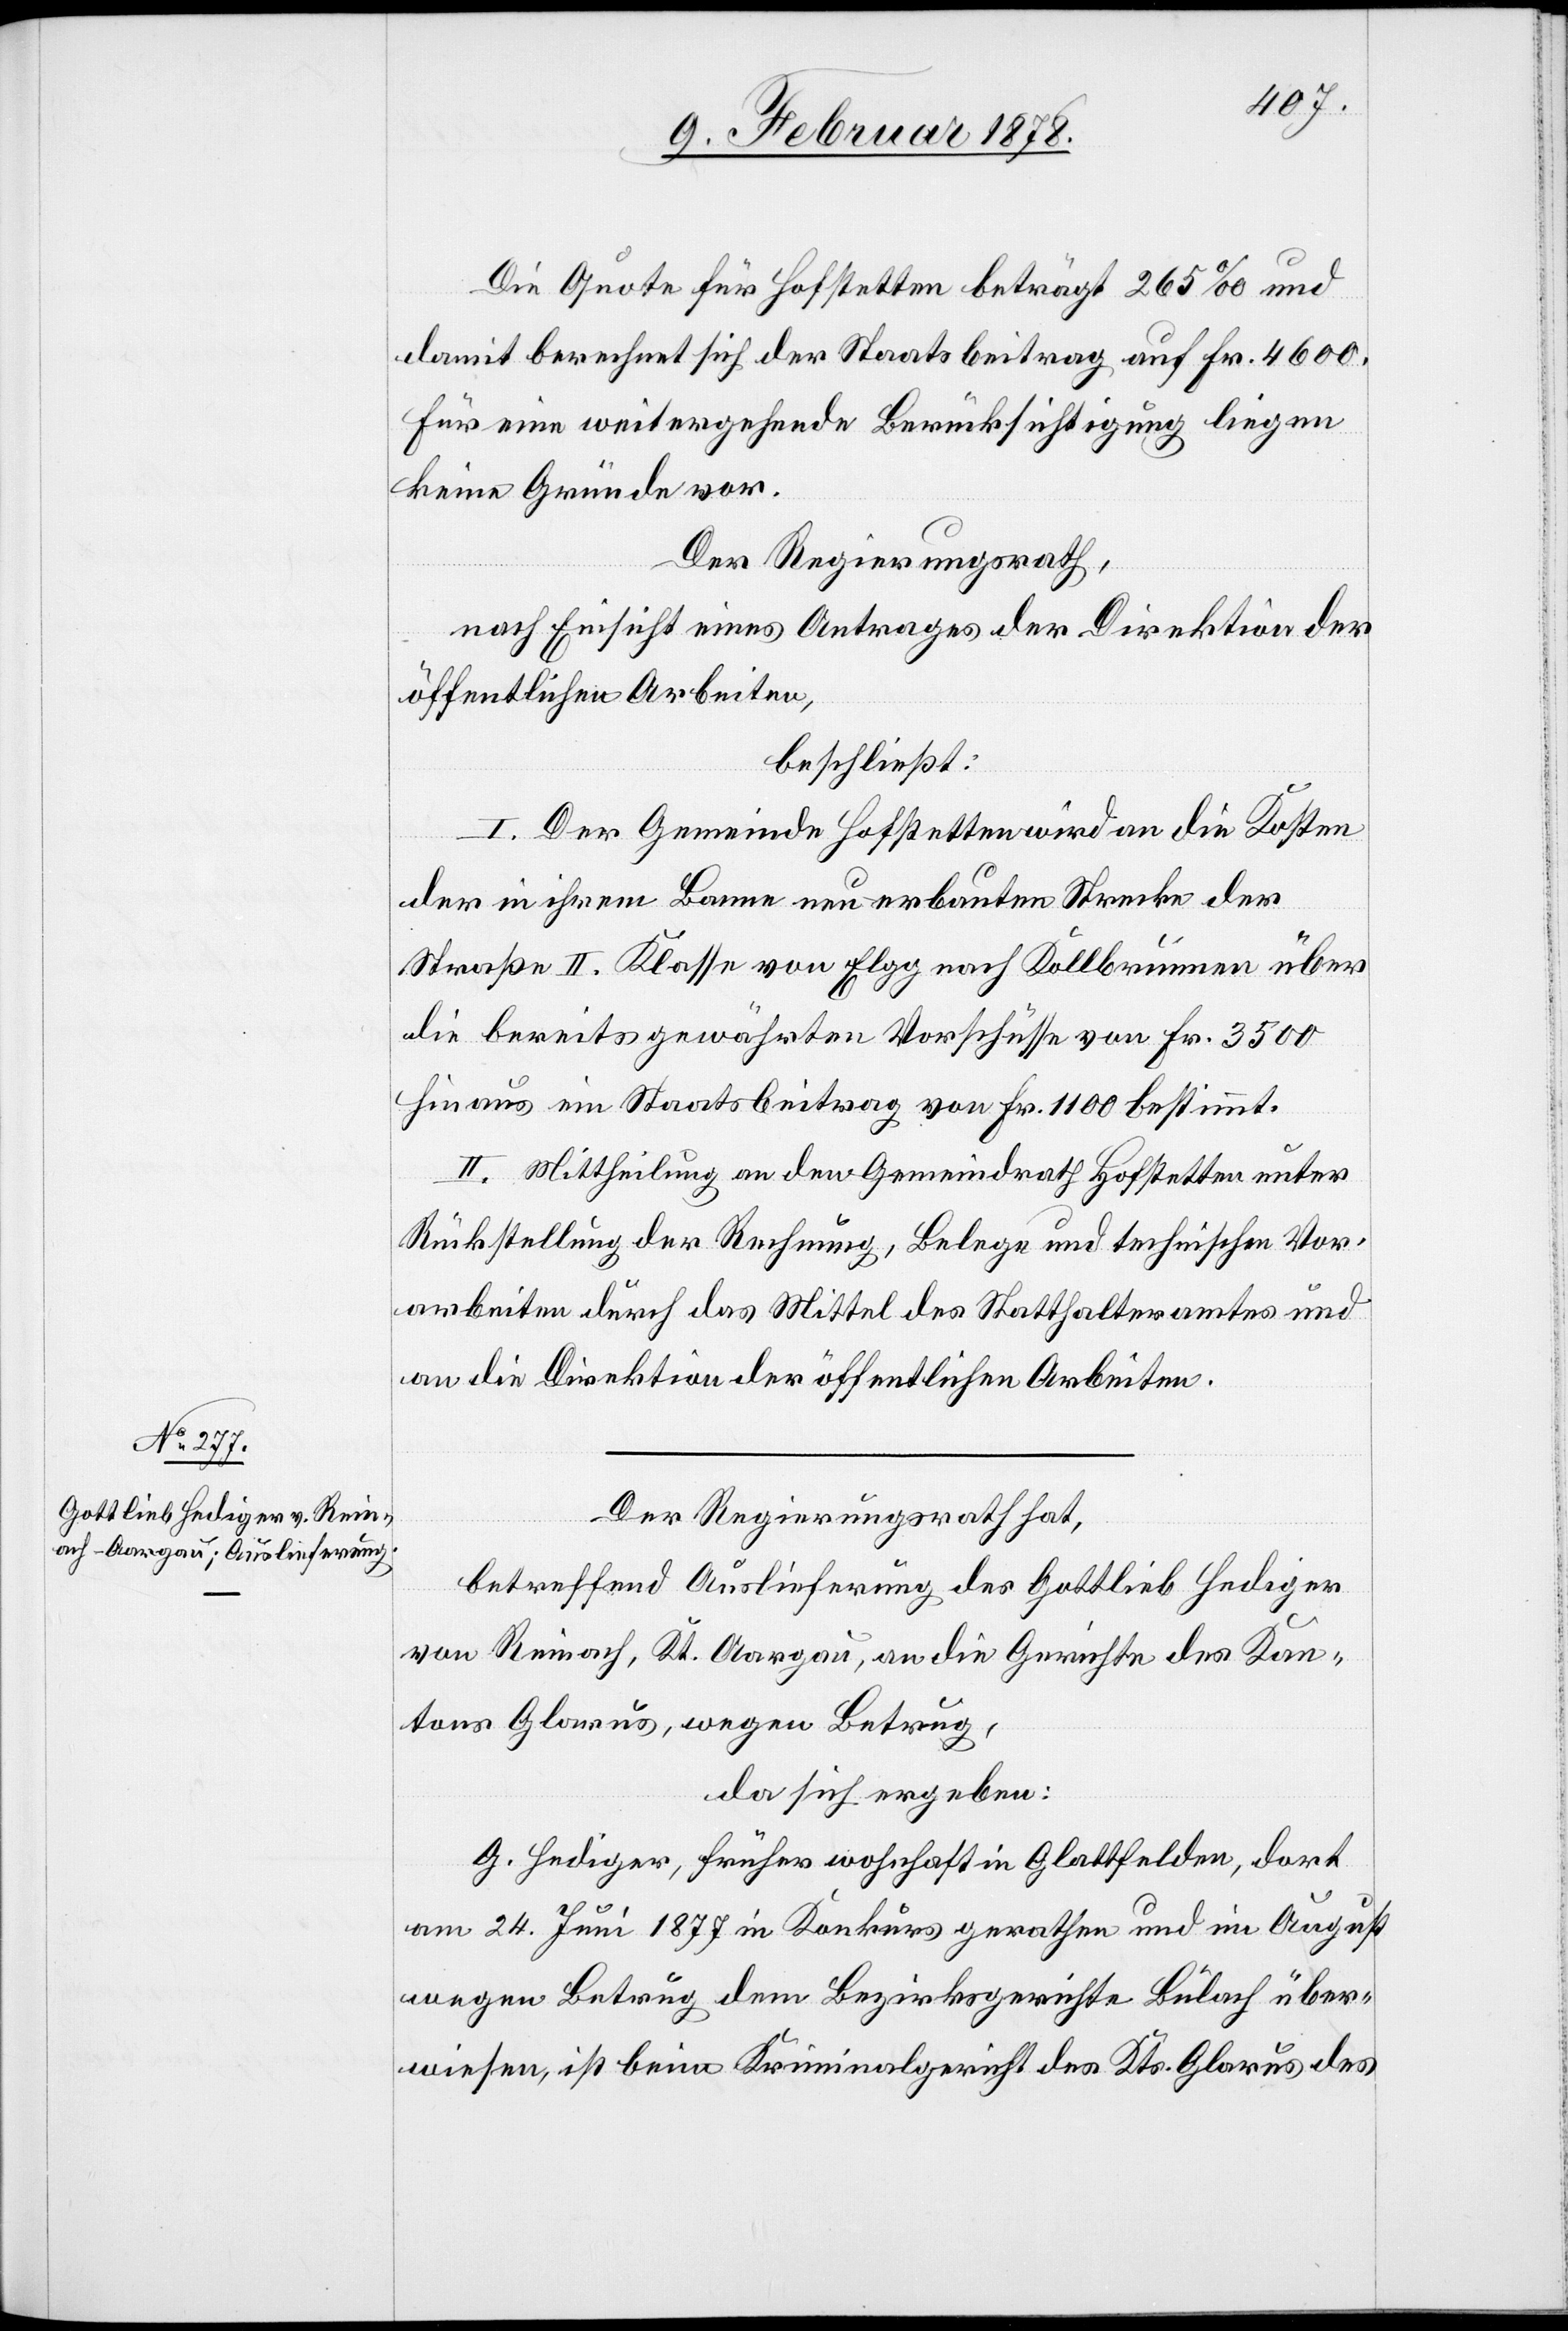
Die Quote für Hofstetten beträgt 265‰ und
damit berechnet sich der Staatsbeitrag auf Fr. 4600.
Für eine weitergehende Berücksichtigung liegen
keine Gründe vor.
Der Regierungsrath,
nach Einsicht eines Antrages der Direktion der
öffentlichen Arbeiten,
beschließt:
I. Der Gemeinde Hofstetten wird an die Kosten
der in ihrem Banne neu erbauten Strecke der
Straße II. Klasse von Elgg nach Kollbrunnen über
die bereits gewährten Vorschüsse von Fr. 3500
hinaus ein Staatsbeitrag von Fr. 1100 bestimmt.
II. Mittheilung an den Gemeindrath Hofstetten unter
Rückstellung der Rechnung, Belege und technischen Vor¬
arbeiten durch das Mittel des Statthalteramtes und
an die Direktion der öffentlichen Arbeiten.
Der Regierungsrath hat,
betreffend Auslieferung des Gottlieb Hediger
von Reinach, Kt. Aargau, an die Gerichte des Kan¬
tons Glarus, wegen Betrug,
da sich ergeben:
G. Hediger, früher wohnhaft in Glattfelden, dort
am 24. Juni 1877 in Konkurs gerathen und im August
wegen Betrug dem Bezirksgerichte Bülach über¬
wiesen, ist beim Kriminalgericht des Kts. Glarus des